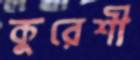
কুরেশী